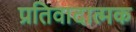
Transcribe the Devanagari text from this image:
प्रतिवादात्मक